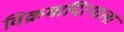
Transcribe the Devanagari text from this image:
विक्रमादित्याला